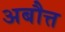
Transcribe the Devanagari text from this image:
अबौत्त